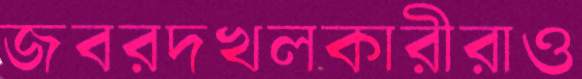
জবরদখলকারীরাও